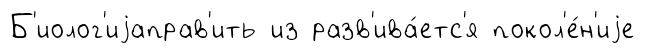
Б'иолог'иjаправ'ить из разв'ива́етс'я покол'е́н'иjе